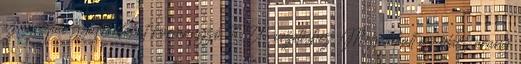
az európai gyarmatokat kormányzó EU-vezetéshez. Megalakult az olasz arany